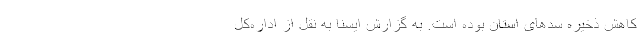
کاهش ذخیره سدهای استان بوده است. به گزارش ایسنا به نقل از اداره‌کل